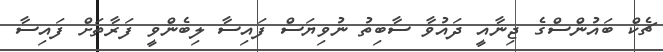
ޗެކް ބައުންސްގެ ޖިނާއީ ދައުވާ ސާބިތު ނުވިޔަސް ފައިސާ ލިބެންވީ ފަރާތަށް ފައިސާ